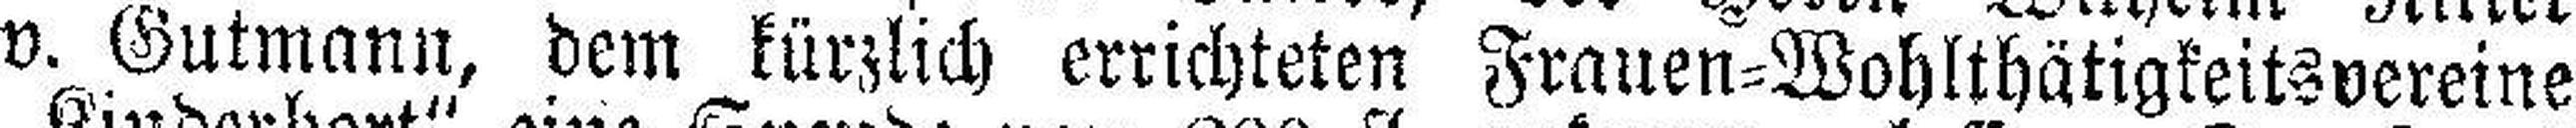
v. Gutmann, dem kürzlich errichteten Frauen=Wohlthätigkeitsvereine